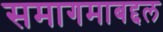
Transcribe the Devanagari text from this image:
समागमाबद्दल